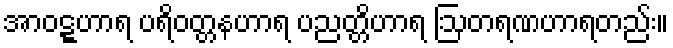
အာဝဋ္ဋဟာရ ပရိဝတ္တနဟာရ ပညတ္တိဟာရ ဩတရဏဟာရတည်း။